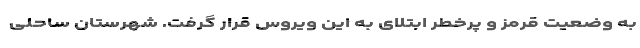
به وضعیت قرمز و پرخطر ابتلای به این ویروس قرار گرفت. شهرستان ساحلی